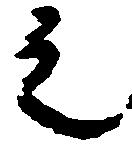
之